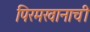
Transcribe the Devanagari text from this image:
पिरमखानाची